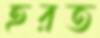
হরত